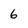
Character: 6